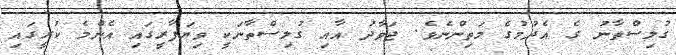
ގުލިސްތާނު ގެ އެދުމުގެ މަތިންނެވެ. ޖަވާދު އާއި ގުލިސްތާނަކީ ވިޔަފާރީގައި އެންމެ ކުރީގައި